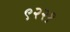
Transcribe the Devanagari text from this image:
९२२१